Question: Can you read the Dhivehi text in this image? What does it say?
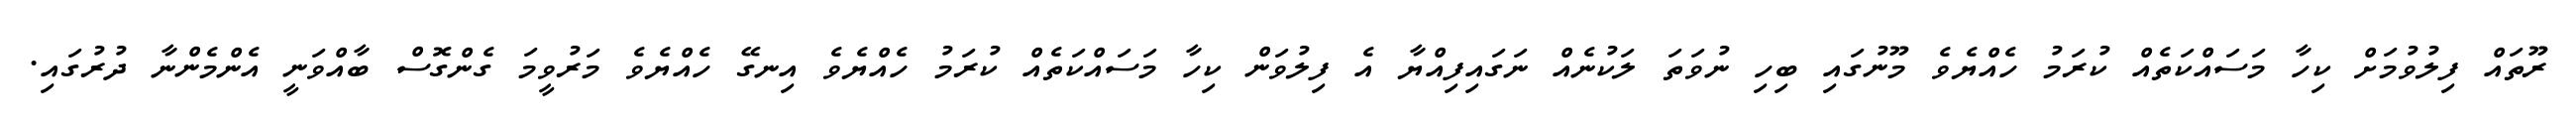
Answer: ރޫތައް ފިލުވުމަށް ކިހާ މަސައްކަތެއް ކުރަމު ހެއްޔެވެ މޫނުގައި ބިހި ނުވަތަ ލަކުނެއް ނަގައިފިއްޔާ އެ ފިލުވަން ކިހާ މަސައްކަތެއް ކުރަމު ހެއްޔެވެ އިނގޭ ހެއްޔެވެ މަރުވީމަ ގެންގޮސް ބާއްވަނީ އެންމެންނާ ދުރުގައި.